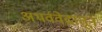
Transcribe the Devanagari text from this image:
अथर्ववेदातून